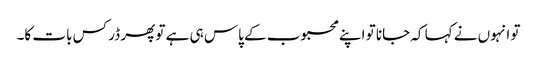
تو انہوں نے کہا کہ جانا تو اپنے محبوب کے پاس ہی ہے تو پھر ڈر کس بات کا۔